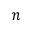
n